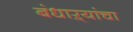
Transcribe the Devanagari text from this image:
बंधाऱ्यांचा